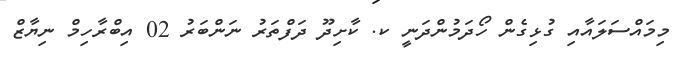
މިމައްސަލައާއި ގުޅިގެން ހޯދަމުންދަނީ ކ. ކާށިދޫ ދަފްތަރު ނަންބަރު 02 އިބްރާހިމް ނިޔާޒް